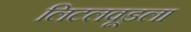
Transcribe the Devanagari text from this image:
लिटलवूडला